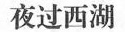
夜过西湖